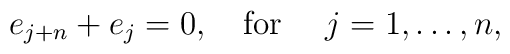
e_{j+n}+e_{j}=0,\mbox{\ \ \  for \ \ \ }j=1,\ldots ,n,